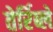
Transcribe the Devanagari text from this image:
तेर्रिब्ले